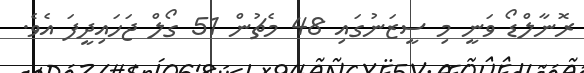
ރޮނާލްޑޯ ވަނީ މި ސީޒަނުގައި 48 މެޗުން 51 ގޯލް ޖަހައިދީފަ އެވެ.